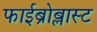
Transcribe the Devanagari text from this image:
फाईब्रोब्लास्ट